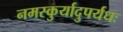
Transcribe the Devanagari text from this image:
नमस्कुर्यादुपर्यधः